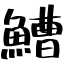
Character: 鰽